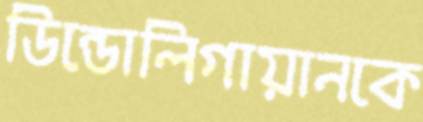
ডিন্ডোলিগায়ানকে